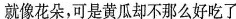
就像花朵，可是黄瓜却不那么好吃了